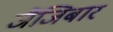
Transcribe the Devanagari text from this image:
जैंजिबार